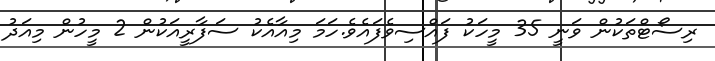
ރިސޯޓްތަކުން ވަނީ 35 މީހަކު ފައްސިވެފައެވެ.ހަމަ މިއާއެކު ސަފާރީއަކުން 2 މީހުން މިއަދު